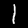
Label: 1